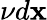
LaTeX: \nu d\mathbf x